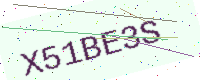
Text: X51BE3S